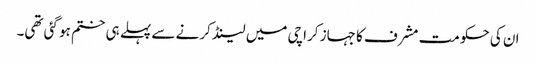
ان کی حکومت مشرف کا جہاز کراچی میں لینڈ کرنے سے پہلے ہی ختم ہو گئی تھی۔